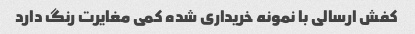
کفش ارسالی با نمونه خریداری شده کمی مغایرت رنگ دارد